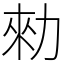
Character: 勑